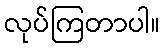
လုပ်ကြတာပါ။